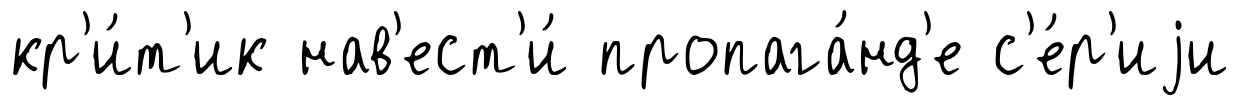
кр'и́т'ик нав'ест'и́ пропага́нд'е с'е́р'иjи